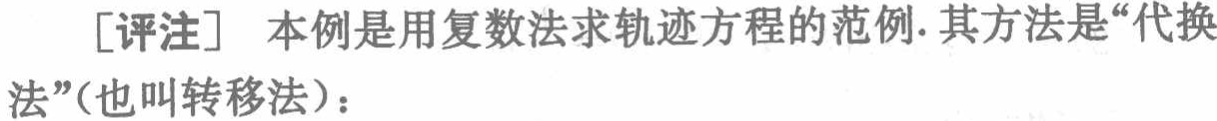
[评注] 本例是用复数法求轨迹方程的范例. 其方法是“代换法”(也叫转移法)：